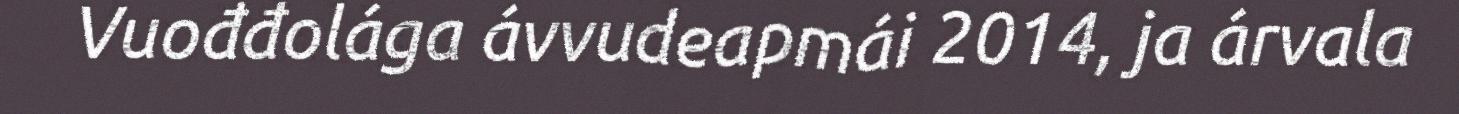
Vuođđolága ávvudeapmái 2014, ja árvala